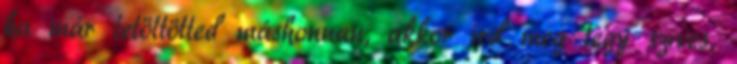
ha már letöltötted máshonnan, akkor írd meg légy szíves,